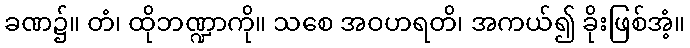
ခဏ၌။ တံ၊ ထိုဘဏ္ဍာကို။ သစေ အဝဟရတိ၊ အကယ်၍ ခိုးဖြစ်အံ့။